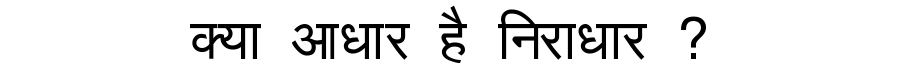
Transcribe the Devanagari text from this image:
क्या आधार है निराधार ?